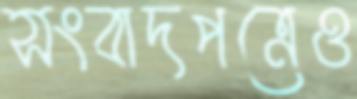
সংবাদপত্রেও